Report on horse surra - Volume II, Part I
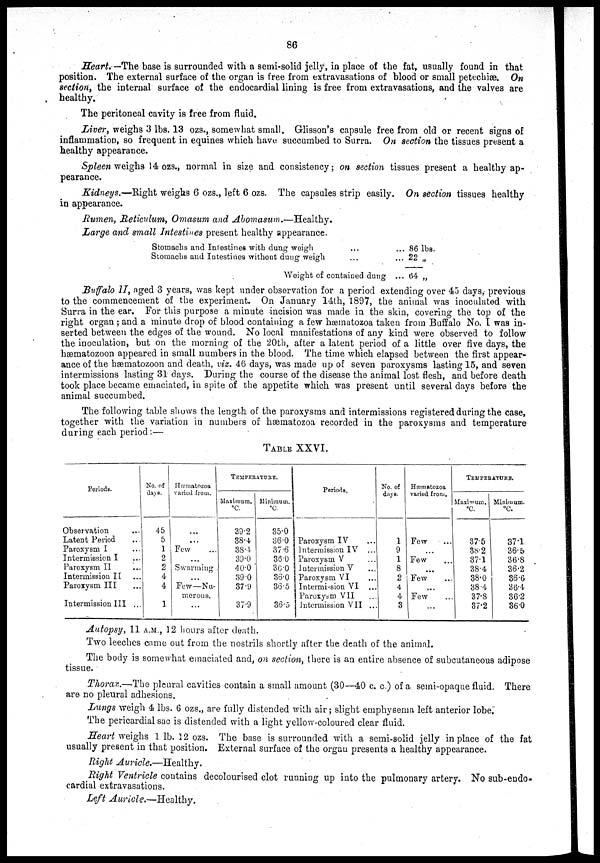
86
Heart. —The base is surrounded with a semi-solid jelly, in place of the fat, usually found in that
position. The external surface of the organ is free from extravasations of blood or small petechiæ. On
section, the internal surface of the endocardial lining is free from extravasations, and the valves are
healthy.
The peritoneal cavity is free from fluid.
Liver, weighs 3 lbs. 13 ozs., somewhat small. Glisson's capsule free from old or recent signs of
inflammation, so frequent in equines which have succumbed to Surra. On section the tissues present a
healthy appearance.
Spleen weighs 14 ozs., normal in size and consistency; on section tissues present a healthy ap-
pearance.
Kidneys.—Right weighs 6 ozs., left 6 ozs. The capsules strip easily. On section tissues healthy
in appearance.
Rumen, Reticulum, Omasum and Abomasum.—Healthy.
Large and small Intestines present healthy appearance.
Stomachs and Intestines with dung weigh
...
... 86 lbs.
Stomachs and Intestines without dung weigh
...
... 22 „
Weight of contained dung ... 64 „
Buffalo II, aged 3 years, was kept under observation for a period extending over 45 days, previous
to the commencement of the experiment. On January 14th, 1897, the animal was inoculated with
Surra in the ear. For this purpose a minute -incision was made in the skin, covering the top of the
right organ; and a minute drop of blood containing a few hæmatozoa taken from Buffalo No. I was in-
serted between the edges of the wound. No local manifestations of any kind were observed to follow
the inoculation, but on the morning of the 20th, after a latent period of a little over five days, the
hæmatozoon appeared in small numbers in the blood. The time which elapsed between the first appear-
ance of the hæmatozoon and death, viz. 46 days, was made up of seven paroxysms lasting 15, and seven
intermissions lasting 31 days. During the course of the disease the animal lost flesh, and before death
took place became emaciated, in spite of the appetite which was present until several days before the
animal succumbed.
The following table shows the length of the paroxysms and intermissions registered during the case,
together with the variation in numbers of hæmatozoa recorded in the paroxysms and temperature
during each period :—
TABLE XXVI.
Periods.
Observation ...
Latent Period ...
Paroxysm I ...
Intermission I ...
Paroxysm II ...
Intermission II ...
Paroxysm III ...
Intermission III ...
No. of
days.
4.5
5
1
2
2
4
4
1
Hæmatozoa
varied from.
...
...
Few ...
...
Swarming
...
Few—Nu-
merous.
...
TEMPERATURE.
Maximum. Minimum.
°C.
°C.
39.2
38.4
38.4
39.0
40.0
39.0
37.9
37.9
35.0
36.0
37.6
36.0
36.0
36.0
36.5
36.5
Periods,
Paroxysm IV
Intermission IV ...
Paroxysm V ...
Intermission V ...
Paroxysm VI ...
Intermission VI ...
Paroxysm VII ...
Intermission VII ...
No. of
days.
1
9
1
8
2
4
4
3
Hæmatozoa
varied from.
Few
...
Few
...
Few
...
Few
...
TEMPERATURE.
Maximum. Minimum.
°C.
°C.
37.5
38.2
37.1
38.4
38.0
38.4
37.8
37.2
37.1
36.5
36.8
36.2
36.6
36.4
36.2
36.0
Autopsy, 11 A.M., 12 hours after death.
Two leeches came out from the nostrils shortly after the death of the animal.
The body is somewhat emaciated and, on section, there is an entire absence of subcutaneous adipose
tissue.
Thorax.—The pleural cavities contain a small amount (30—40 C. C.) of a. semi-opaque fluid. There
are no pleural adhesions.
Lungs weigh 4 lbs. 6 ozs., are fully distended with air; slight emphysema left anterior lobe.
The pericardial sac is distended with a light yellow-coloured clear fluid.
Heart weighs 1 lb. 12 ozs. The base is surrounded with a semi-solid jelly in place of the fat
usually present in that position. External surface of the organ presents a healthy appearance.
Right Auricle.—Healthy.
Right Ventricle contains decolourised clot running up into the pulmonary artery. No sub-endo-
cardial extravasations.
Left Auricle.—Healthy.